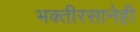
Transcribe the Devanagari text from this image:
भक्तीरसानेही